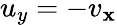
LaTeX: u_{y}=-v_{\mathbf{x}}